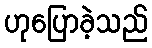
ဟုပြောခဲ့သည်